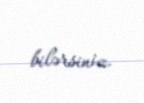
bilərsiniz.